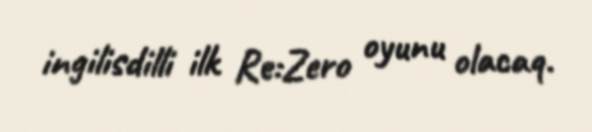
ingilisdilli ilk Re:Zero oyunu olacaq.